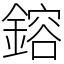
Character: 鎔